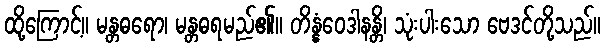
ထို့ကြောင့်။ မန္တဓရော၊ မန္တဓရမည်၏။ တိန္နံဝေဒါနန္တိ၊ သုံးပါးသော ဗေဒင်တို့သည်။